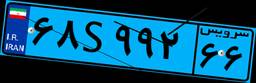
۴۱S۴۱۳۲۹